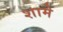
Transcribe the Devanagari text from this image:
शामे